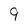
Character: 9